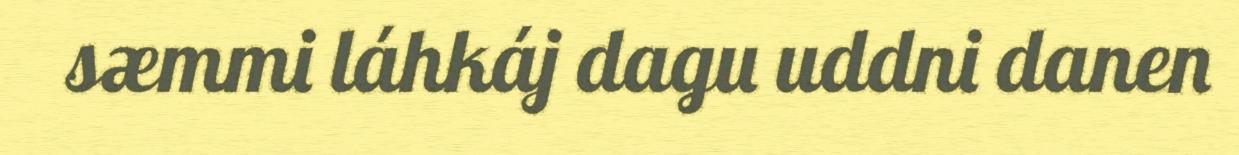
sæmmi láhkáj dagu uddni danen